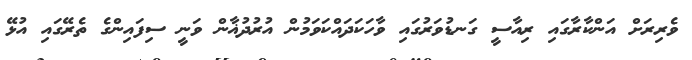
ވެރިރަށް އަންކާރާގައި ރިއާސީ ގަނޑުވަރުގައި ވާހަކަދައްކަވަމުން އުރުދުޣާން ވަނީ ސިފައިންގެ ތެރޭގައި އުޅޭ